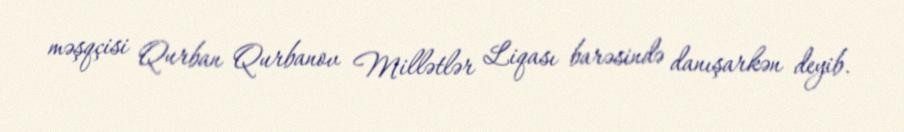
məşqçisi Qurban Qurbanov Millətlər Liqası barəsində danışarkən deyib.